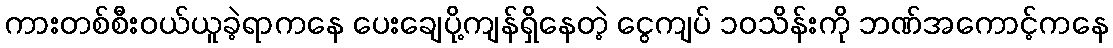
ကားတစ်စီးဝယ်ယူခဲ့ရာကနေ ပေးချေပို့ကျန်ရှိနေတဲ့ ငွေကျပ် ၁ဝသိန်းကို ဘဏ်အကောင့်ကနေ